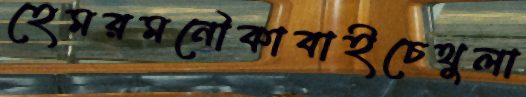
হেমরমনৌকাবাইচেথুলা